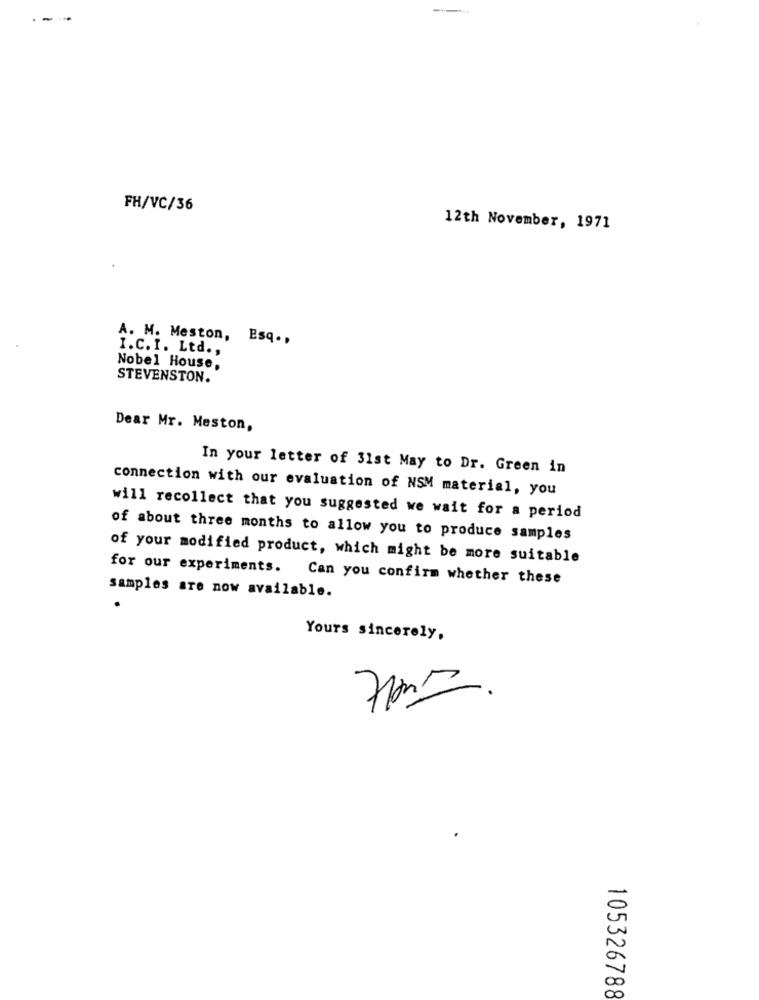
--
FH/VC/36
12th November, 1971
A. M. Meston, Esq .,
I.C. I. Ltd .,
Nobel House,
STEVENSTON.
Dear Mr. Meston,
In your letter of 31st May to Dr. Green in
connection with our evaluation of NSM material, you
will recollect that you suggested we wait for a period
of about three months to allow you to produce samples
of your modified product, which might be more suitable
for our experiments. Can you confirm whether these
samples are now available.
Yours sincerely,
105326788